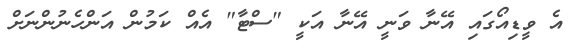
އެ ވީޑިއޯގައި އޭނާ ވަނީ އޭނާ އަކީ "ސްޓާ" އެއް ކަމުން އަންހެނުންނަށް